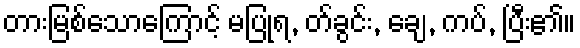
တားမြစ်သောကြောင့် မပြုရ, တ်ခွင်း, ချေ, ကပ်, ပြီး၏။